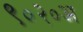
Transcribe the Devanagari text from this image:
९०२०अ